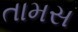
તામસ